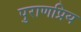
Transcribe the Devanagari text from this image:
पुराणप्रिय